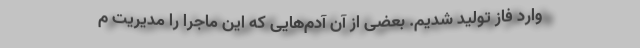
وارد فاز تولید شدیم. بعضی از آن آدم‌هایی که این ماجرا را مدیریت م